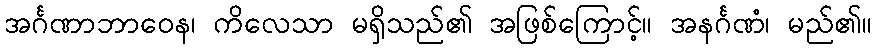
အင်္ဂဏာဘာဝေန၊ ကိလေသာ မရှိသည်၏ အဖြစ်ကြောင့်။ အနင်္ဂဏံ၊ မည်၏။